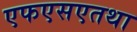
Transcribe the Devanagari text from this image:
एफएसएतथा